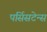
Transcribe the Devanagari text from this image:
पर्सिसटेन्स